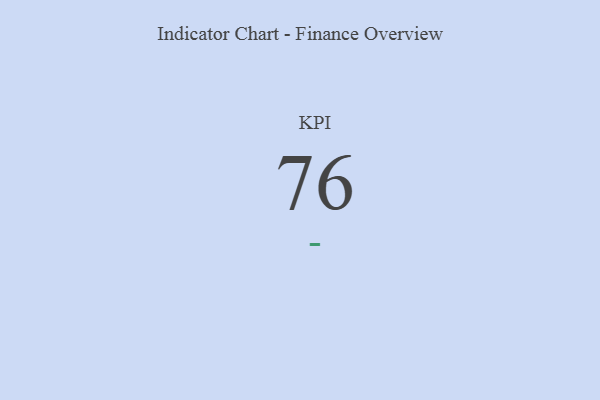
{"axis": {"x": "KPI", "y": "Value"}, "legend": [""], "data": [{"x": "KPI", "y": 76, "type": ""}]}